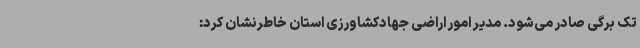
تک برگی صادر می‌شود. مدیر امور اراضی جهادکشاورزی استان خاطرنشان کرد: